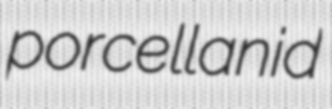
porcellanid